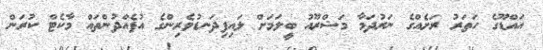
އައްޑޫގެ ހަތަރު ރަށެއްގެ ނަރުދަމާ މަޝްރޫއު ބީލަމަށް ލައިފިދަނޑުވެރިންގެ އުފެއްދުންތައް މާކެޓް ކުރަން